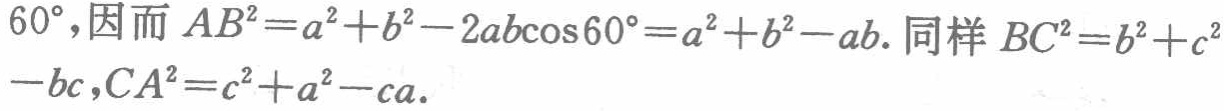
$60^{\circ},因而\ AB^{2}=a^{2}+b^{2}-2ab\cos60^{\circ}=a^{2}+b^{2}-ab.同样\ BC^{2}=b^{2}+c^{2}-bc,CA^{2}=c^{2}+a^{2}-ca.$